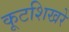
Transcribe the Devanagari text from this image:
कूटशिखरे